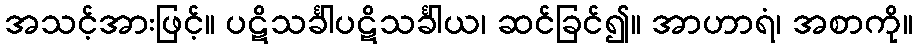
အသင့်အားဖြင့်။ ပဋိသင်္ခါပဋိသင်္ခါယ၊ ဆင်ခြင်၍။ အာဟာရံ၊ အစာကို။